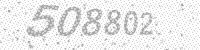
Solution: 508802